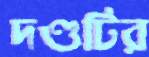
দণ্ডটির